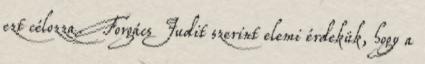
ezt célozza. Forgács Judit szerint elemi érdekük, hogy a